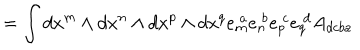
= \int d x ^ { m } \wedge d x ^ { n } \wedge d x ^ { p } \wedge d x ^ { q } e _ { m } ^ { \ a } e _ { n } ^ { \ b } e _ { p } ^ { \ c } e _ { q } ^ { \ d } A _ { d c b a }